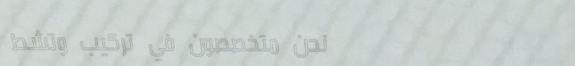
نحن متخصصون في تركيب وتشط